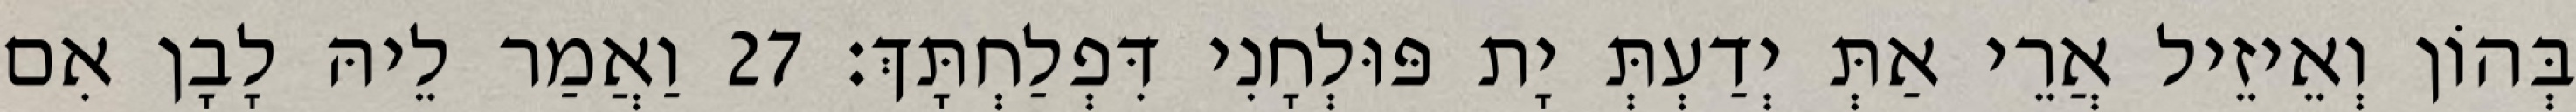
בְּהוֹן וְאֵיזֵיל אֲרֵי אַתְּ יְדַעְתְּ יָת פּוּלְחָנִי דִּפְלַחְתָּךְ׃ 27 וַאֲמַר לֵיהּ לָבָן אִם